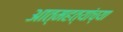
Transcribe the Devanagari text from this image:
आत्महत्यांच्या